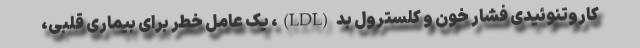
کاروتنوئیدی فشار خون و کلسترول بد (LDL)، یک عامل خطر برای بیماری قلبی،